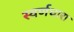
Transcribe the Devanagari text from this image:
स्वर्णधारा